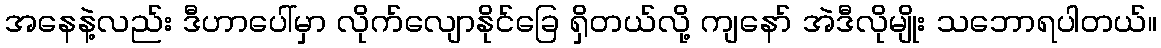
အနေနဲ့လည်း ဒီဟာပေါ်မှာ လိုက်လျောနိုင်ခြေ ရှိတယ်လို့ ကျနော် အဲဒီလိုမျိုး သဘောရပါတယ်။